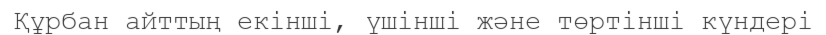
Құрбан айттың екінші, үшінші және төртінші күндері